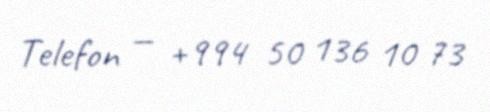
Telefon — +994 50 136 10 73